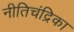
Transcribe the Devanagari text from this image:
नीतिचंद्रिका